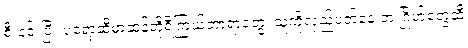
စီးနင်းပြီး ပရော့ဆီမာဆန်တိုရီကြယ်တာရာတွေ၊ သူ့ကိုလှည့်ပတ်နေ တဲ့ ဂြိုဟ်တွေဆီ